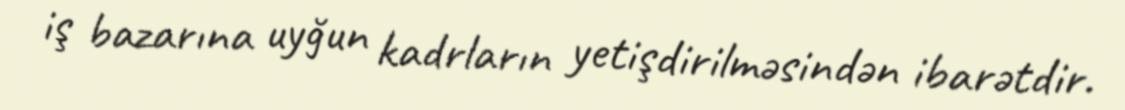
iş bazarına uyğun kadrların yetişdirilməsindən ibarətdir.